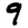
Digit: 9